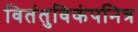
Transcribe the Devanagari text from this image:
वितंतुविकंपनित्र